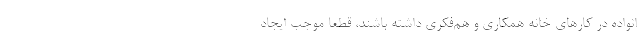
انواده در کارهای خانه همکاری و هم‌فکری داشته باشند، قطعا موجب ایجاد